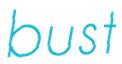
bust